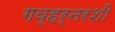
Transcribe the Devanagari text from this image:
गव्हर्नरशी